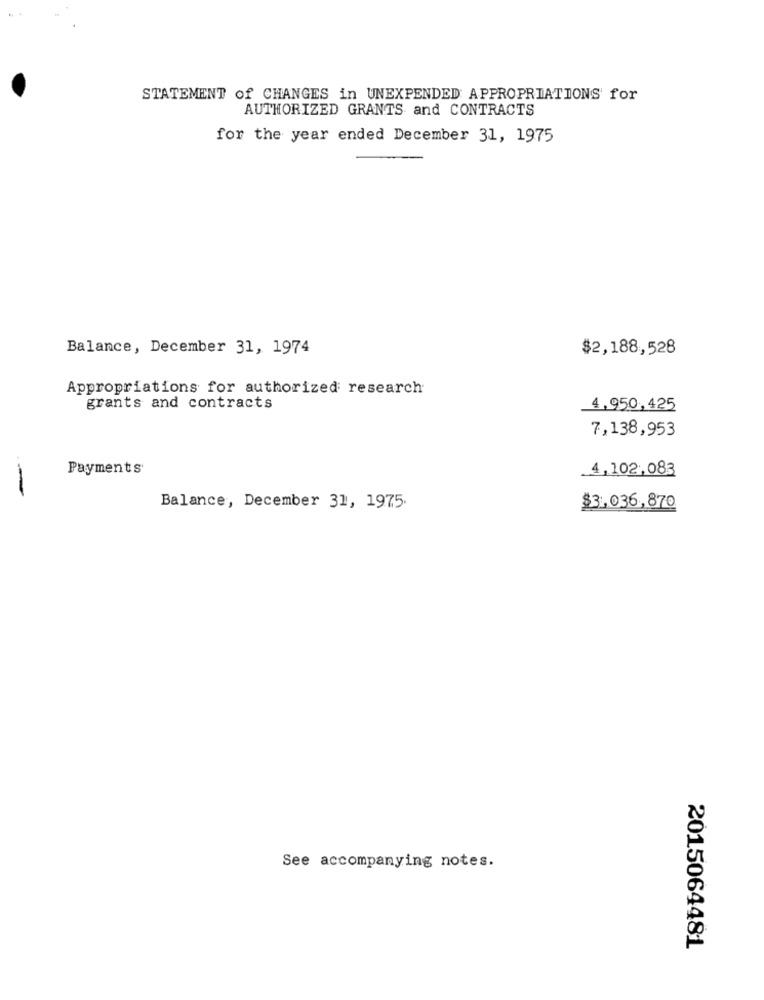
STATEMENT of CHANGES in UNEXPENDED APPROPRIATIONS for
AUTHORIZED GRANTS and CONTRACTS
for the year ended December 31, 1975
Balance, December 31, 1974
$2,188,528
Appropriations for authorized research
grants and contracts
4.950,425
7,138,953
Payments
.4,102,083
--
Balance, December 31, 1975.
$3.036,870
See accompanying notes.
2015064481